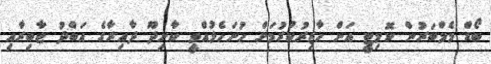
ބޯޑް މެމްބަރުން ކޮމިޓީ އަށް ހާޒިރުކުރުމަށް ހުށަހެޅުއްވީ ކާށިދޫ ދާއިރާގެ އަބްދު ޖާބިރާއި